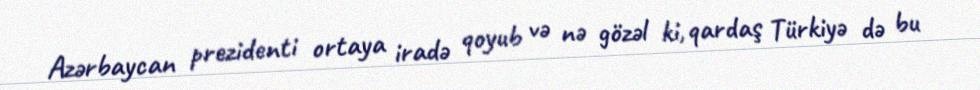
Azərbaycan prezidenti ortaya iradə qoyub və nə gözəl ki, qardaş Türkiyə də bu